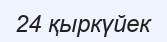
24 қыркүйек